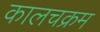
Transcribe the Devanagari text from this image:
कालचक्रम